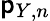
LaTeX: \mathsf{p}_{Y,n}